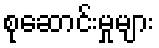
စုဆောင်းမှုများ